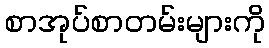
စာအုပ်စာတမ်းများကို